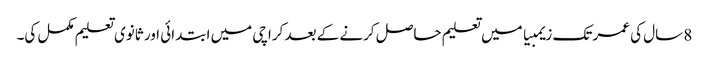
8 سال کی عمر تک زیمبیا میں تعلیم حاصل کرنے کے بعد کراچی میں ابتدائی اور ثانوی تعلیم مکمل کی۔